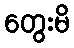
တွေးမိ